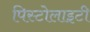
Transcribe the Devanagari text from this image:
पिस्टोलाइटी